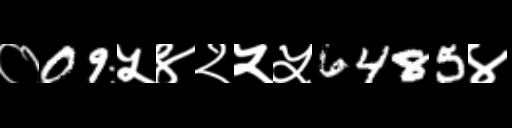
Text: ०09५४२५५6485४